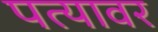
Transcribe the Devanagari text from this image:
पत्‍यावर